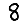
Digit: 8